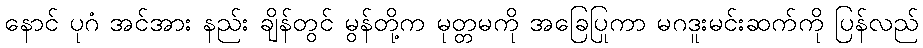
နောင် ပုဂံ အင်အား နည်း ချိန်တွင် မွန်တို့က မုတ္တမကို အခြေပြုကာ မဂဒူးမင်းဆက်ကို ပြန်လည်